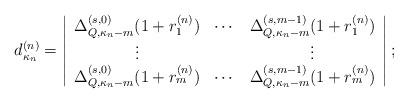
LaTeX: \begin{align*} d_{\kappa_n}^{(n)} = \left| \begin{array}{ccc} \Delta_{Q, \kappa_n-m}^{(s, 0)} ( 1 + r_1^{(n)}) & \cdots & \Delta_{Q, \kappa_n-m}^{(s, m-1)} ( 1 + r_1^{(n)}) \\ \vdots & & \vdots \\ \Delta_{Q, \kappa_n-m}^{(s, 0)} ( 1 + r_m^{(n)}) & \cdots & \Delta_{Q, \kappa_n-m}^{(s, m-1)} ( 1 + r_m^{(n)}) \end{array} \right|; \end{align*}